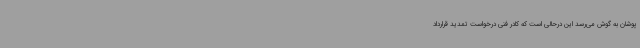
پوشان به گوش می‌رسد این درحالی است که کادر فنی درخواست تمدید قرارداد